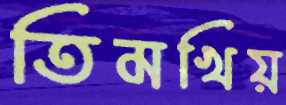
তিমখিয়